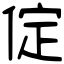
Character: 𠉵